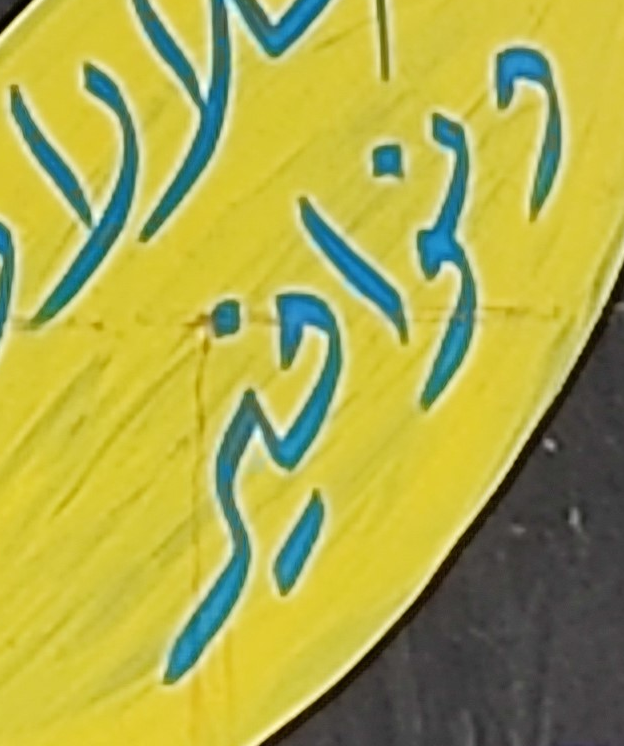
ونوافير